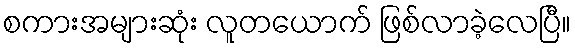
စကားအများဆုံး လူတယောက် ဖြစ်လာခဲ့လေပြီ။